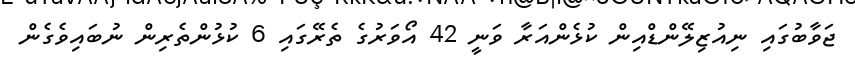
ޖަވާބުގައި ނިއުޒިލޭންޑްއިން ކުޅެންއަރާ ވަނީ 42 އޯވަރުގެ ތެރޭގައި 6 ކުޅުންތެރިން ނުބައިވެގެން